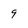
Character: 9